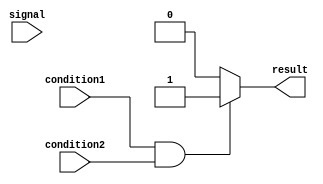
module conditional_assignment (
    input condition1,
    input condition2,
    input signal,
    output reg result
);

always @* begin
    if (condition1 && condition2) begin
        result = 1; // assign value 1 if both conditions are met
    end else begin
        result = 0; // assign value 0 if conditions are not met
    end
end

endmodule